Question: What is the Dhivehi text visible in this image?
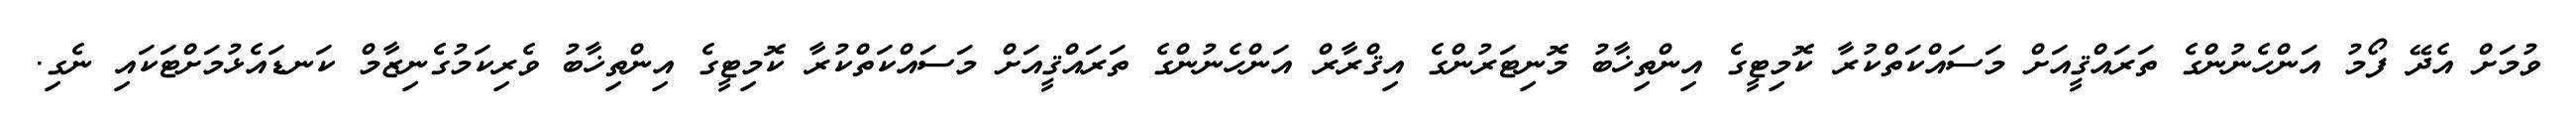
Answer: ވުމަށް އެދޭ ފޯމު އަންހެނުންގެ ތަރައްޤީއަށް މަސައްކަތްކުރާ ކޮމިޓީގެ އިންތިޚާބު މޮނިޓަރުންގެ އިޤްރާރް އަންހެނުންގެ ތަރައްޤީއަށް މަސައްކަތްކުރާ ކޮމިޓީގެ އިންތިޚާބު ވެރިކަމުގެނިޒާމް ކަނޑައެޅުމަށްޓަކައި ނެގި.